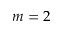
m = 2